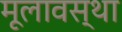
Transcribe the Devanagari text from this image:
मूलावस्था